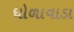
ધોળાવાડા